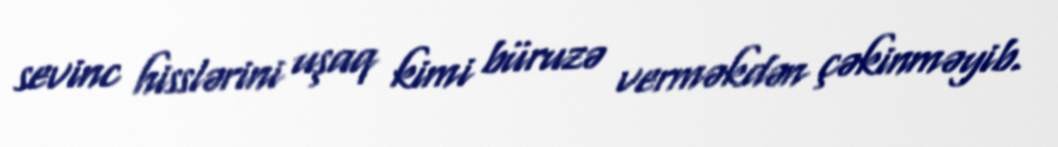
sevinc hisslərini uşaq kimi büruzə verməkdən çəkinməyib.